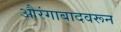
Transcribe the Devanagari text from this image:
औरंगाबादवरून